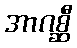
အာဂစ္ဆီ